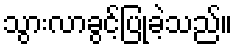
သွားလာခွင့်ပြုခဲ့သည်။